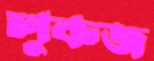
লুকজ